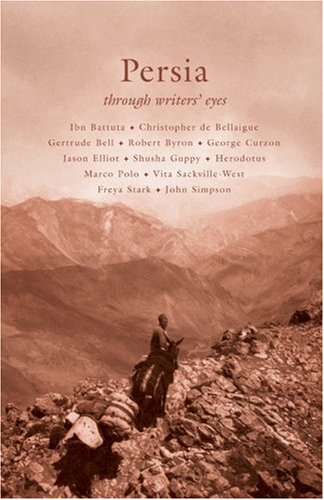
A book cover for Persia (Through Writers' Eyes); David Blow; Travel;